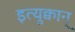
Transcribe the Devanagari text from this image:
इत्युक्वान्